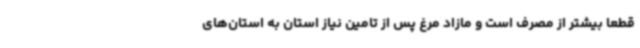
قطعا بیشتر از مصرف است و مازاد مرغ پس از تامین نیاز استان به استان‌های